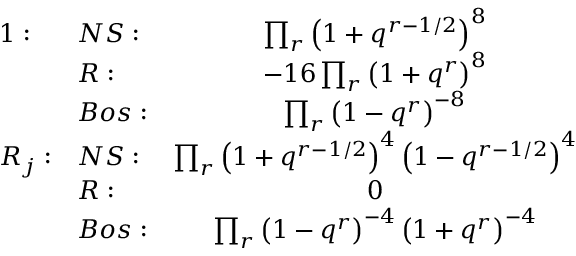
\begin{array} { l l c } { { 1 : } } & { { N S : \; } } & { { \prod _ { r } \left( 1 + q ^ { r - 1 / 2 } \right) ^ { 8 } \nonumber } } \\ { { } } & { { R : } } & { { - 1 6 \prod _ { r } \left( 1 + q ^ { r } \right) ^ { 8 } } } \\ { { } } & { { B o s : } } & { { \prod _ { r } \left( 1 - q ^ { r } \right) ^ { - 8 } \nonumber } } \\ { { R _ { j } : } } & { { N S : \; } } & { { \prod _ { r } \left( 1 + q ^ { r - 1 / 2 } \right) ^ { 4 } \left( 1 - q ^ { r - 1 / 2 } \right) ^ { 4 } \nonumber } } \\ { { } } & { { R : } } & { { 0 } } \\ { { } } & { { B o s : } } & { { \prod _ { r } \left( 1 - q ^ { r } \right) ^ { - 4 } \left( 1 + q ^ { r } \right) ^ { - 4 } \nonumber } } \end{array}